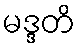
မဒ္ဒတိ